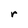
Character: r